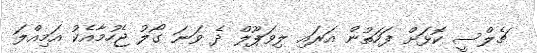
ޗެލްސީ ކޮޅަށް ފަހަތުން އަރައި ލިވަޕޫލް ދެ ވަނަ ގޯލު ޖެހުމާއެކު އަމިއްލަ